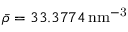
\bar { \rho } = 3 3 . 3 7 7 4 \, \mathrm { n m ^ { - 3 } }